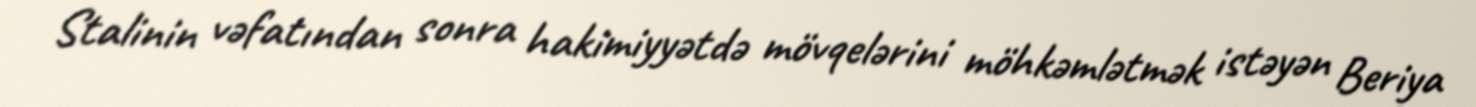
Stalinin vəfatından sonra hakimiyyətdə mövqelərini möhkəmlətmək istəyən Beriya